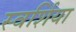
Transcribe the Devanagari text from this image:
स्वर्शिया